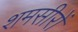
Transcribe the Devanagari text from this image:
शमसीरों